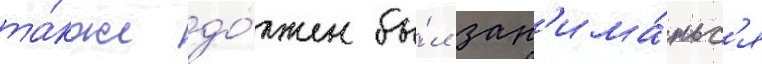
та́кже до́лжен бы́л зан'има́тьс'я